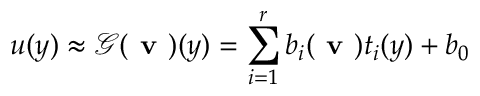
u ( y ) \approx \mathcal { G } ( \textbf { v } ) ( y ) = \sum _ { i = 1 } ^ { r } b _ { i } ( \textbf { v } ) t _ { i } ( y ) + b _ { 0 }